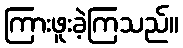
ကြားဖူးခဲ့ကြသည်။